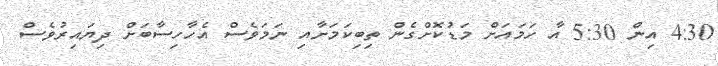
4:30 އިން 5:30 އާ ހަމައަށް މަޑުކޮށްގެން ތިބިކަމަށާއި ނަމަވެސް އެހާހިސާބަށް ދިޔައިރުވެސް